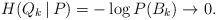
\begin{align*}H(Q_k\,|\,P) = -\log P(B_k) \to 0.\end{align*}